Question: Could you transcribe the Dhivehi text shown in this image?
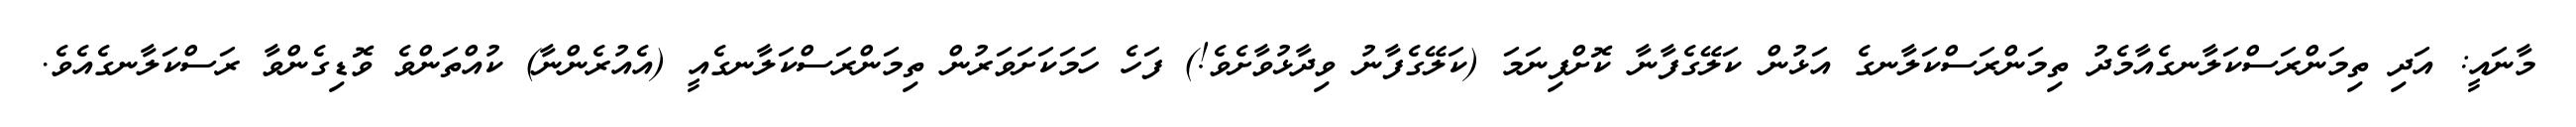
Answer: މާނައީ: އަދި ތިމަންރަސްކަލާނގެއާމެދު ތިމަންރަސްކަލާނގެ އަޅުން ކަލޭގެފާނާ ކޮށްފިނަމަ (ކަލޭގެފާނު ވިދާޅުވާށެވެ!) ފަހެ ހަމަކަށަވަރުން ތިމަންރަސްކަލާނގެއީ (އެއުރެންނާ) ކުއްތަންވެ ވޮޑިގެންވާ ރަސްކަލާނގެއެވެ.